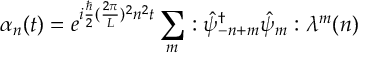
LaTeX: \alpha _ { n } ( t ) = e ^ { i { \frac { \hbar } { 2 } } ( { \frac { 2 \pi } { L } } ) ^ { 2 } n ^ { 2 } t } \sum _ { m } : { \hat { \psi } _ { - n + m } } ^ { \dagger } \hat { \psi } _ { m } : \lambda ^ { m } ( n )